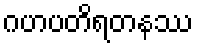
ဂဟပတိရတနဿ